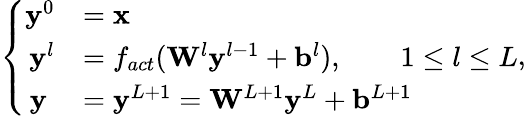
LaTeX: \left\{ \begin{array}{rl}{\mathbf{y}^{0}}&{=\mathbf{x}}\\ {\mathbf{y}^{l}}&{=f_{act}(\mathbf{W}^{l}\mathbf{y}^{l-1}+\mathbf{b}^{l}),\qquad 1\le l\le L}\\ {\mathbf{y}\; }&{=\mathbf{y}^{L+1}=\mathbf{W}^{L+1}\mathbf{y}^{L}+\mathbf{b}^{L+1}}\end{array}\right.,